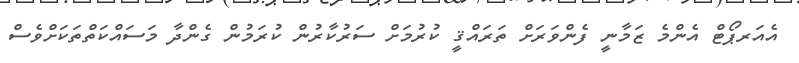
އެއަރޕޯޓް އެންމެ ޒަމާނީ ފެންވަރަށް ތަރައްޤީ ކުރުމަށް ސަރުކާރުން ކުރަމުން ގެންދާ މަސައްކަތްތަކަށްވެސް